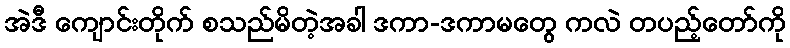
အဲဒီ ကျောင်းတိုက် စသည်မိတဲ့အခါ ဒကာ-ဒကာမတွေ ကလဲ တပည့်တော်ကို